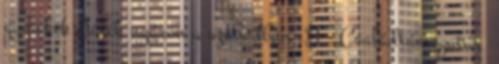
gyerekek Játék nyáron a szabadban :D - Családtámogatás